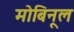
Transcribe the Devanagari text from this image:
मोबिनूल